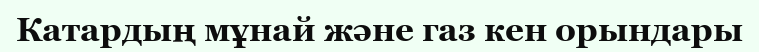
Катардың мұнай және газ кен орындары